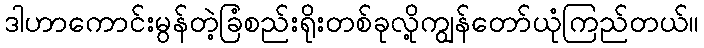
ဒါဟာကောင်းမွန်တဲ့ခြံစည်းရိုးတစ်ခုလို့ကျွန်တော်ယုံကြည်တယ်။